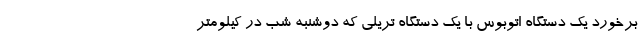
برخورد یک دستگاه اتوبوس با یک دستگاه تریلی که دوشنبه شب در کیلومتر